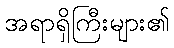
အရာရှိကြီးများ၏